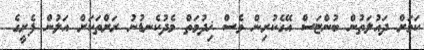
ކަމަށް ދައުލަތުން ބުންޏަސް އޭގެކުރިން ވެސް ޚިދުމަތް މެދުކެނޑުނު ރަށްތަކަށް އަލުން ފެރީގެ